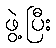
ဖွဲ့ပြီး